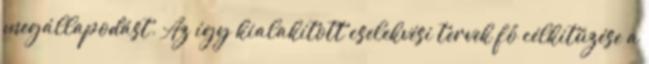
megállapodást. Az így kialakított cselekvési tervek fő célkitűzése a